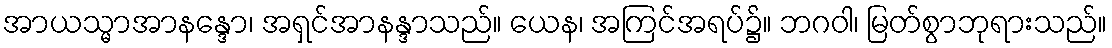
အာယသ္မာအာနန္ဒော၊ အရှင်အာနန္ဒာသည်။ ယေန၊ အကြင်အရပ်၌။ ဘဂဝါ၊ မြတ်စွာဘုရားသည်။